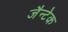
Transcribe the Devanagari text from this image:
जैन्टेक